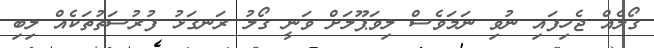
ގޯލެއް ޖެހިފައި ނުވި ނަމަވެސް ލިވަޕޫލަށް ވަނީ ގޯލު ރަނގަޅު ފުރުސަތުތަކެއް ލިބި